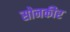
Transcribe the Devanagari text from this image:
सोनकीर